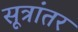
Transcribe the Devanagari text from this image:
सूत्रांतर